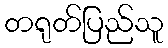
တရုတ်ပြည်သူ